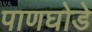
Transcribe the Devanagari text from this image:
पाणघोडे